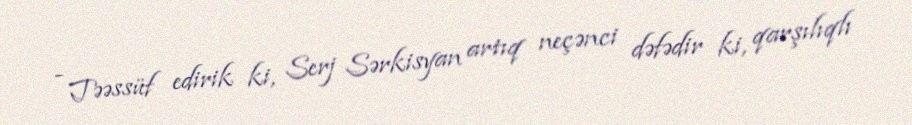
- Təəssüf edirik ki, Serj Sərkisyan artıq neçənci dəfədir ki, qarşılıqlı